Subject: stat
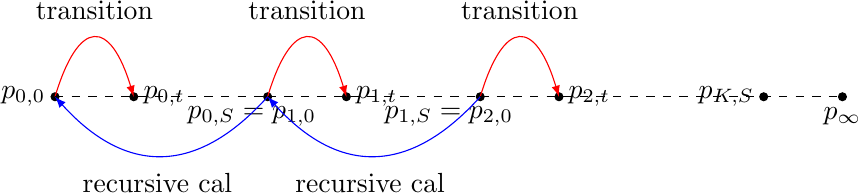
LaTeX code:
\begin{tikzpicture}

\filldraw (0,0) circle (0.05) node[left]{$p_{0,0}$};

\filldraw (1,0) circle (0.05) node[right]{$p_{0,t}$};

\draw[-latex,red] (0,0)..controls (0.3, 1)and(0.7,1)..(1.0,0);

\node at (0.5, 1.1) {transition};

\filldraw (2.7, 0) circle (0.05);
\node at (2.5, -0.25) {$p_{0,S}=p_{1,0}$};

\filldraw (3.7,0) circle (0.05) node[right]{$p_{1,t}$};

\draw[-latex,red] (2.7,0)..controls (3, 1)and(3.4,1)..(3.7,0);

\node at (3.2, 1.1) {transition};

\draw[dashed] (0,0)--(2.7,0);

\filldraw (5.4, 0) circle (0.05);
\node at (5, -0.25) {$p_{1,S}=p_{2,0}$};

\filldraw (6.4,0) circle (0.05) node[right]{$p_{2,t}$};

\draw[-latex,red] (5.4,0)..controls (5.7, 1)and(6.1,1)..(6.4,0);

\node at (5.9, 1.1) {transition};

\draw[-latex,blue] (5.4,0)..controls (4.5, -1)and(3.6,-1)..(2.7,0);
\node at (4, -1.1) {recursive cal};

\draw[-latex,blue] (2.7,0)..controls (1.8, -1)and(0.9,-1)..(0,0);
\node at (1.3, -1.1) {recursive cal};

\draw[dashed] (2.7,0)--(5.4,0);
\filldraw (10,0) circle (0.05);
\node at (10, -0.25) {$p_{\infty}$};

\draw[dashed] (5.4,0)--(10,0);

\filldraw (9,0) circle (0.05) node[left]{$p_{K,S}$};

\end{tikzpicture}